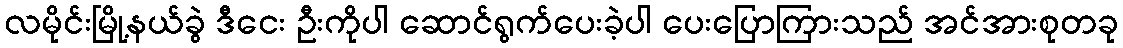
လမိုင်းမြို့နယ်ခွဲ ဒီငေး ဦးကိုပါ ဆောင်ရွက်ပေးခဲ့ပါ ပေးပြောကြားသည် အင်အားစုတခု